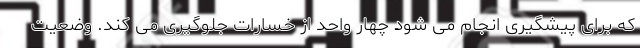
که برای پیشگیری انجام می شود چهار واحد از خسارات جلوگیری می کند. وضعیت